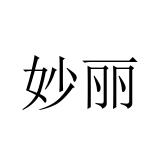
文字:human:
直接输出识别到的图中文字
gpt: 妙丽